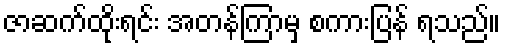
ဇာဆက်ထိုးရင်း အတန်ကြာမှ စကားပြန် ရသည်။